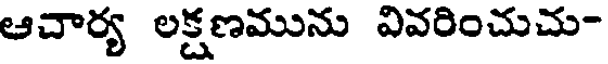
ఆచార్య లక్షణమును వివరించుచు-